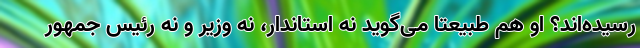
رسیده‌اند؟ او هم طبیعتاً می‌گوید نه استاندار، نه وزیر و نه رئیس جمهور